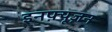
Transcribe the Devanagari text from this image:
इनफ़्यूज़न